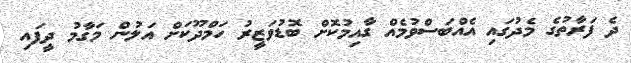
ދެ ފަރާތުގެ މެދުގައި އެއްބަސްވުމެއް ގާއިމުކޮށް ބޮޑުވަޒީރު ހަމްދޫކަށް އަލުން މަގާމު ދީފައި